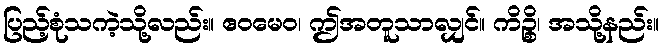
ပြည့်စုံသကဲ့သို့လည်း။ ဧဝမေဝ၊ ဤအတူသာလျှင်။ ကိဉ္စိ၊ အသို့နည်း။